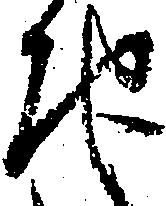
地